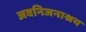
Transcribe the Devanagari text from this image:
अवनिजनाश्रय